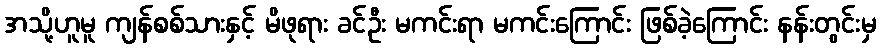
အသို့ဟူမူ ကျန်စစ်သားနှင့် မိဖုရား ခင်ဦး မကင်းရာ မကင်းကြောင်း ဖြစ်ခဲ့ကြောင်း နန်းတွင်းမှ